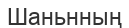
Шаньнның